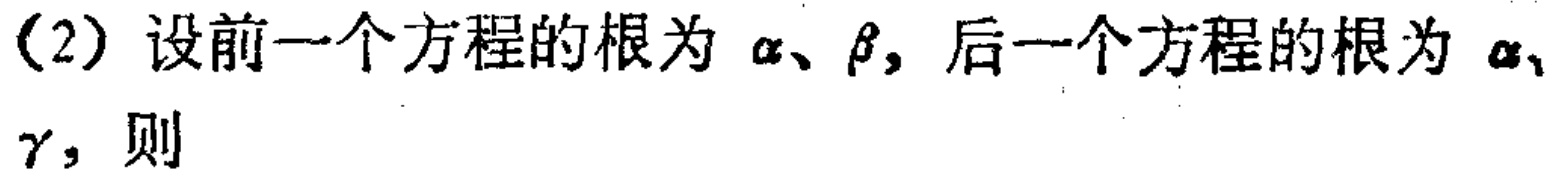
(2) 设前一个方程的根为 \(\alpha\)、\(\beta\)，后一个方程的根为 \(\alpha\)、\(\gamma\)，则